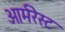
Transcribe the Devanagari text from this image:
आर्मरेस्ट